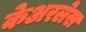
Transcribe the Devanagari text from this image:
केअरलेस